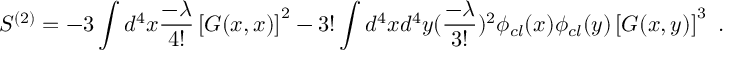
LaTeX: S ^ { ( 2 ) } = - 3 \int d ^ { 4 } x { \frac { - \lambda } { 4 ! } } \left[ G ( x , x ) \right] ^ { 2 } - 3 ! \int d ^ { 4 } x d ^ { 4 } y ( { \frac { - \lambda } { 3 ! } } ) ^ { 2 } \phi _ { c l } ( x ) \phi _ { c l } ( y ) \left[ G ( x , y ) \right] ^ { 3 } \, \, .